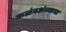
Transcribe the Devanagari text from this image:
कळंबअंब्याचा